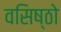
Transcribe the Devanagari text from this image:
वसिष्ठो